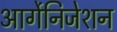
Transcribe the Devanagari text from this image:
आर्गेनिजेशन